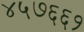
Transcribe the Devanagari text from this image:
४५७६६१